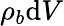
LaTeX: \rho_{b}\mathrm{d}V